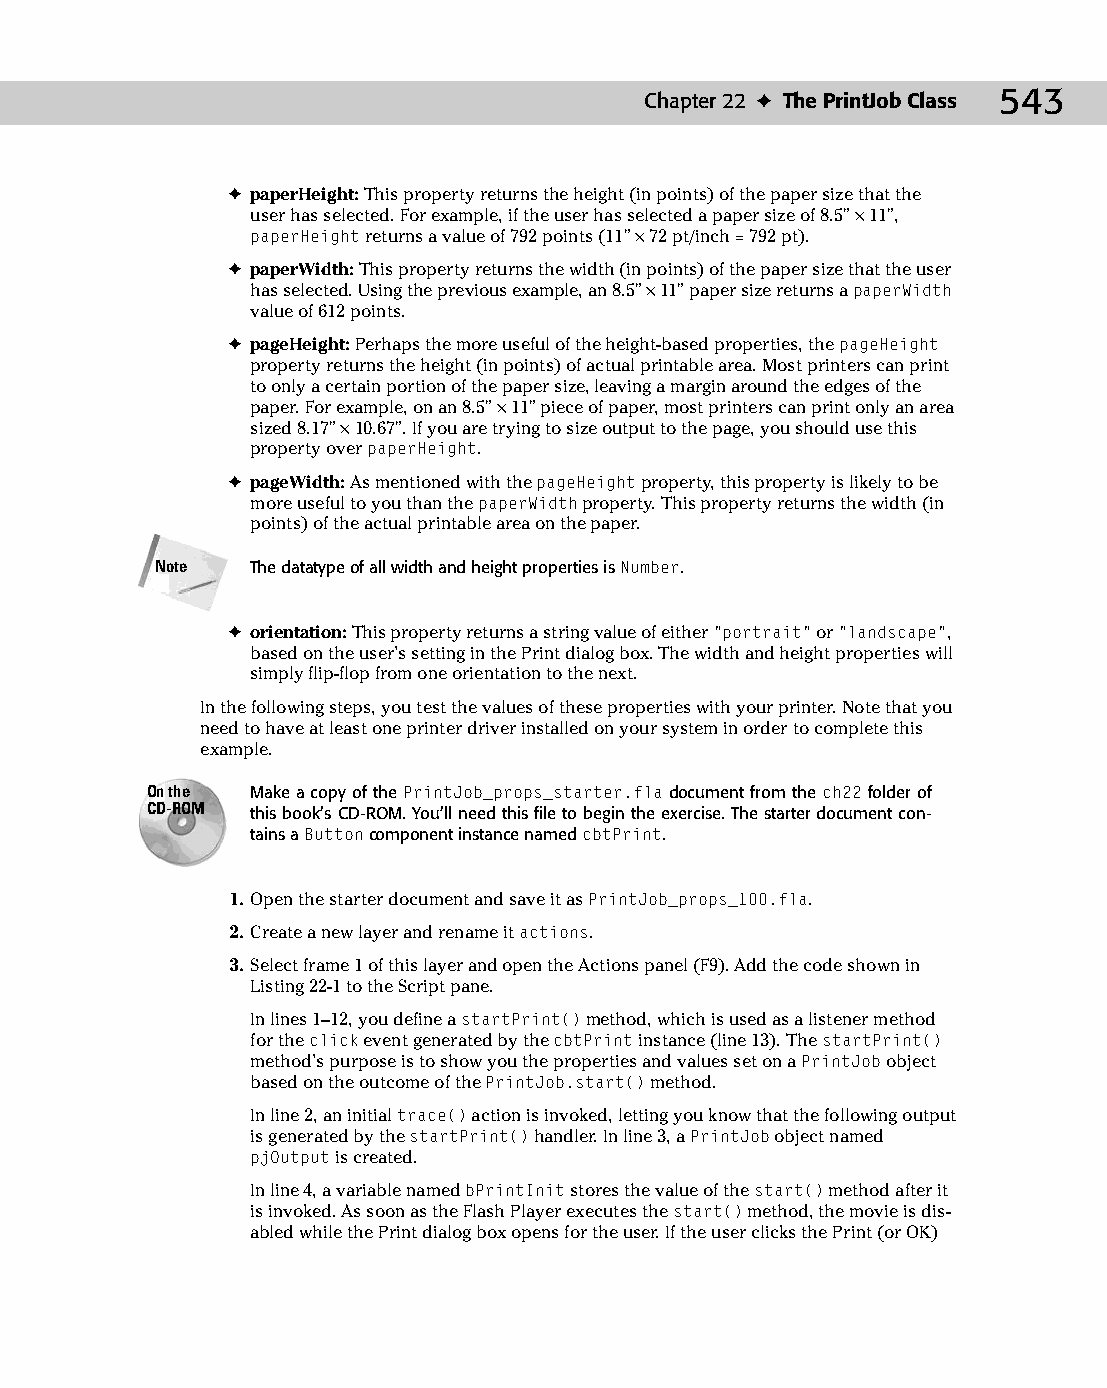
28 543547 ch22.qxd 3/24/04 4:09 PM Page 543
 Chapter 22 ✦ The PrintJob Class 543
 ✦ paperHeight: This property returns the height (in points) of the paper size that the
 user has selected. For example, if the user has selected a paper size of 8.5" × 11",
 paperHeight returns a value of 792 points (11" × 72 pt/inch = 792 pt).
 ✦ paperWidth: This property returns the width (in points) of the paper size that the user
 has selected. Using the previous example, an 8.5" × 11" paper size returns a paperWidth
 value of 612 points.
 ✦ pageHeight: Perhaps the more useful of the height-based properties, the pageHeight
 property returns the height (in points) of actual printable area. Most printers can print
 to only a certain portion of the paper size, leaving a margin around the edges of the
 paper. For example, on an 8.5" × 11" piece of paper, most printers can print only an area
 sized 8.17" × 10.67". If you are trying to size output to the page, you should use this
 property over paperHeight.
 ✦ pageWidth: As mentioned with the pageHeight property, this property is likely to be
 more useful to you than the paperWidth property. This property returns the width (in
 points) of the actual printable area on the paper.
 Note   The datatype of all width and height properties is Number.
 ✦ orientation: This property returns a string value of either “portrait” or “landscape”,
 based on the user’s setting in the Print dialog box. The width and height properties will
 simply flip-flop from one orientation to the next.
 In the following steps, you test the values of these properties with your printer. Note that you
 need to have at least one printer driver installed on your system in order to complete this
 example.
 On the Make a copy of the PrintJob_props_starter.fla document from the ch22 folder of
 CD-ROM this book’s CD-ROM. You’ll need this file to begin the exercise. The starter document con­
 tains a Button component instance named cbtPrint.
 1. Open the starter document and save it as PrintJob_props_100.fla.
 2. Create a new layer and rename it actions.
 3. Select frame 1 of this layer and open the Actions panel (F9). Add the code shown in
 Listing 22-1 to the Script pane.
 In lines 1–12, you define a startPrint() method, which is used as a listener method
 for the click event generated by the cbtPrint instance (line 13). The startPrint()
 method’s purpose is to show you the properties and values set on a PrintJob object
 based on the outcome of the PrintJob.start() method.
 In line 2, an initial trace() action is invoked, letting you know that the following output
 is generated by the startPrint() handler. In line 3, a PrintJob object named
 pjOutput is created.
 In line 4, a variable named bPrintInit stores the value of the start() method after it
 is invoked. As soon as the Flash Player executes the start() method, the movie is dis­
 abled while the Print dialog box opens for the user. If the user clicks the Print (or OK)